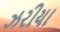
ઝરીયા